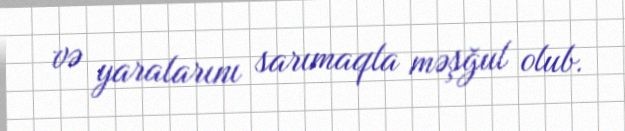
və yaralarını sarımaqla məşğul olub.